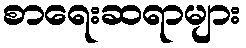
စာရေးဆရာများ